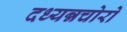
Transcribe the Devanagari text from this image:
दध्यन्नचोरो